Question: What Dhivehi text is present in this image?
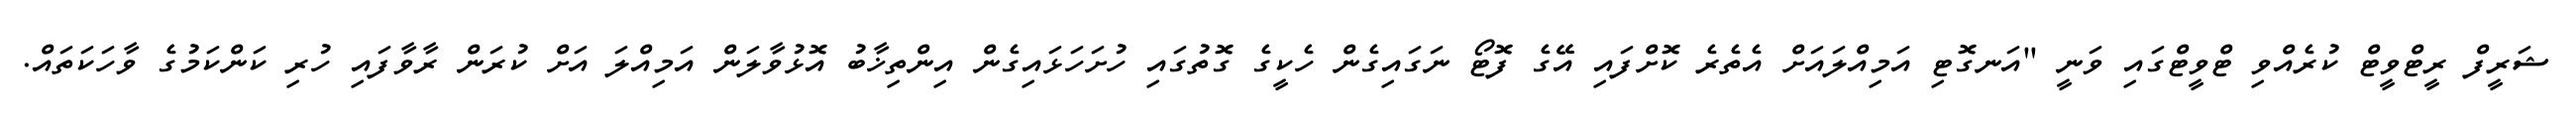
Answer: ޝަރީފް ރީޓްވީޓް ކުރެއްވި ޓްވީޓްގައި ވަނީ "އަނގޮޓި އަމިއްލައަށް އެތެރެ ކޮށްފައި އޭގެ ފޮޓޯ ނަގައިގެން ހެކީގެ ގޮތުގައި ހުށަހަޅައިގެން އިންތިޚާބު އޮޅުވާލަން އަމިއްލަ އަށް ކުރަން ރާވާފައި ހުރި ކަންކަމުގެ ވާހަކަތައް.